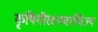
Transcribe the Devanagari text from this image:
कृषिगौरक्ष्यवाणिज्यं